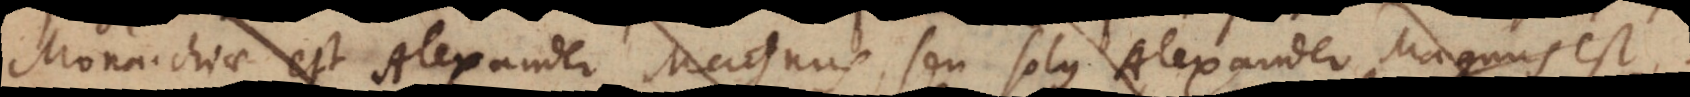
Monarchiae est Alexander Magnus, seu solus Alexander Magnus est